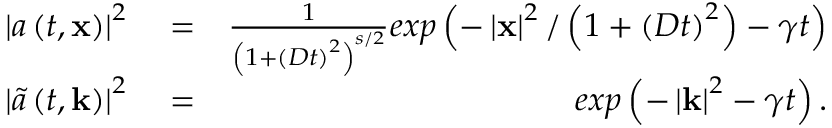
\begin{array} { r l r } { \left| a \left( t , \mathbf { x } \right) \right| ^ { 2 } } & { { } = } & { \frac { 1 } { \left( 1 + \left( D t \right) ^ { 2 } \right) ^ { s / 2 } } e x p \left( - \left| \mathbf { x } \right| ^ { 2 } / \left( 1 + \left( D t \right) ^ { 2 } \right) - \gamma t \right) } \\ { \left| \tilde { a } \left( t , \mathbf { k } \right) \right| ^ { 2 } } & { { } = } & { e x p \left( - \left| \mathbf { k } \right| ^ { 2 } - \gamma t \right) . } \end{array}